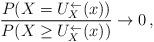
LaTeX: \begin{align*}\frac{P( X= U_X^{\leftarrow}(x))}{P( X\geq U_X^{\leftarrow}(x))} \to 0\,,\end{align*}